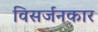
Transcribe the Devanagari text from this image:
विसर्जनकार